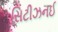
સિટીઝનઈ